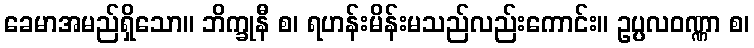
ခေမာအမည်ရှိသော။ ဘိက္ခုနီ စ၊ ရဟန်းမိန်းမသည်လည်းကောင်း။ ဥပ္ပလဝဏ္ဏာ စ၊